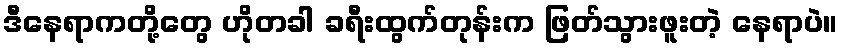
ဒီနေရာကတို့တွေ ဟိုတခါ ခရီးထွက်တုန်းက ဖြတ်သွားဖူးတဲ့ နေရာပဲ။